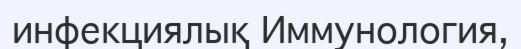
инфекциялық Иммунология,